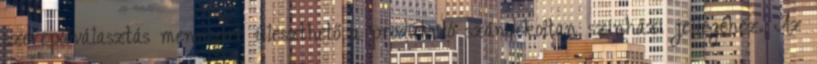
szereplőválasztás mennyire illeszthető a produkció szándékoltan színházi jellegéhez. Az